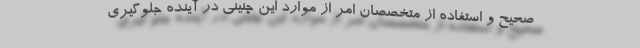
صحیح و استفاده از متخصصان امر از موارد این چنینی در آینده جلوگیری